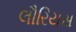
લૌરિયસ